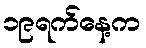
၁၉ရက်နေ့က